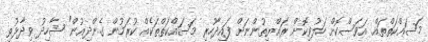
މަސައްކަތްތައް އަވަސްކޮށް ހަލުވިކޮށް ރައްޔިތުންނަށް ފައިދާހުރި މަސައްކަތްތަކެއް ކުރަމުން ގެންދިއުން" ޝާހިދު ވިދާޅުވި